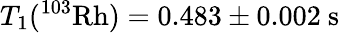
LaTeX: T_{1}(^{103}\mathrm{Rh})=0.483\pm 0.002\mathrm{\ s}